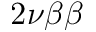
2 \nu \beta \beta